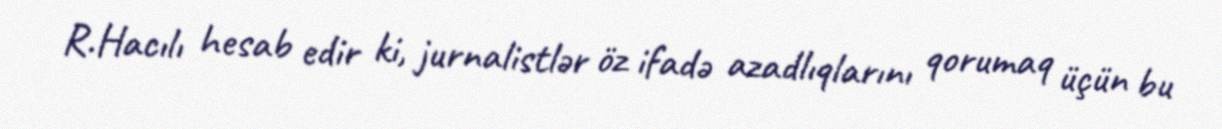
R.Hacılı hesab edir ki, jurnalistlər öz ifadə azadlıqlarını qorumaq üçün bu